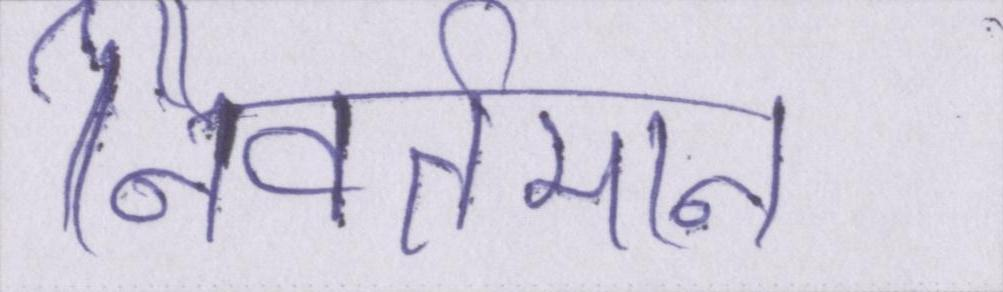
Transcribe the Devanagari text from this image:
निवर्तमान